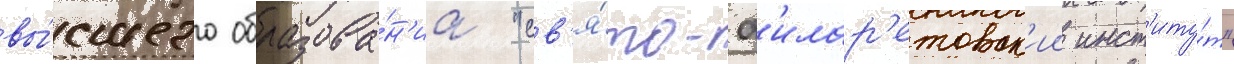
вы́сшего образова́н'иа "св'я́то-ф'илар'етовск'ии инст'иту́т"